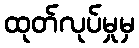
ထုတ်လုပ်မှုမှ